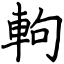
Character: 軥